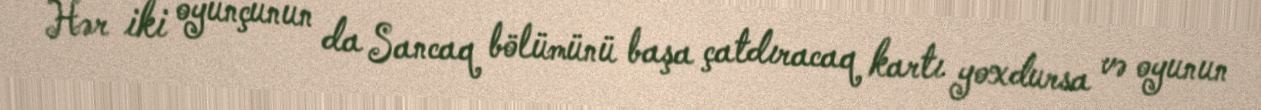
Hər iki oyunçunun da Sancaq bölümünü başa çatdıracaq kartı yoxdursa və oyunun